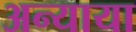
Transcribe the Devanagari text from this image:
अन्याया